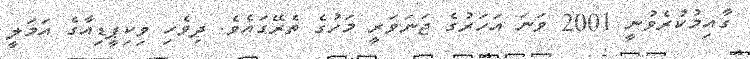
ގާއިމުކުރެވުނީ 2001 ވަނަ އަހަރުގެ ޖަނަވަރީ މަހުގެ ތެރޭގައެވެ. ދިވެހި ވިކިޕީޑިއާގެ އަމަލީ